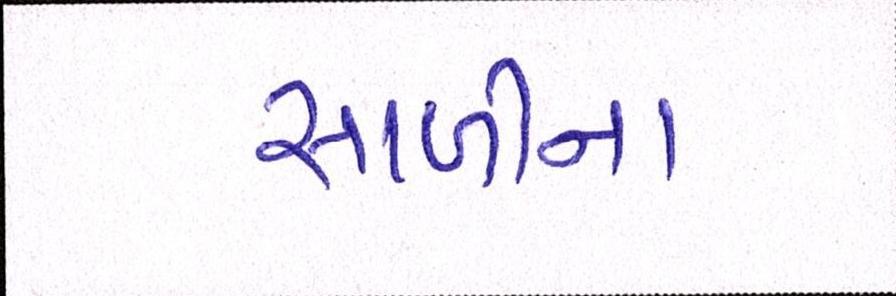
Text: સાળીના